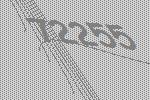
72255